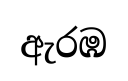
ඇරඹ